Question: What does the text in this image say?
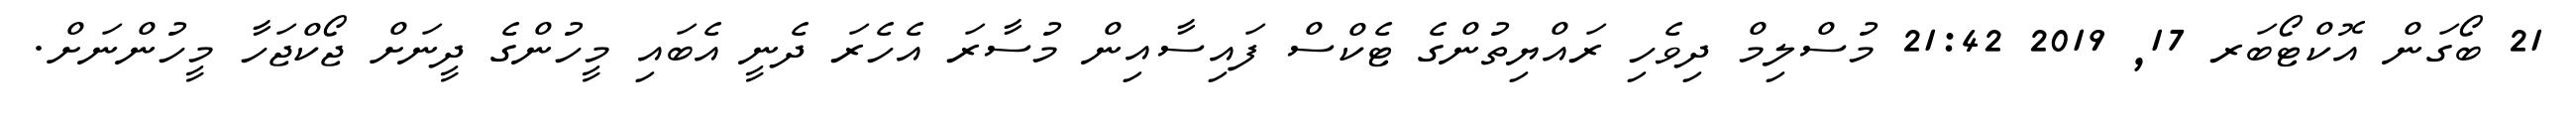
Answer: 21 ބޯގަން އޮކްޓޯބަރ 17, 2019 21:42 މުސްލިމް ދިވެހި ރައްޔިތުންގެ ޓެކްސް ފައިސާއިން މުސާރަ އެހެރަ ދެނީ އެބައި މީހުންގެ ދީނަށް ޖޯކްޖަހާ މީހުންނަށް.